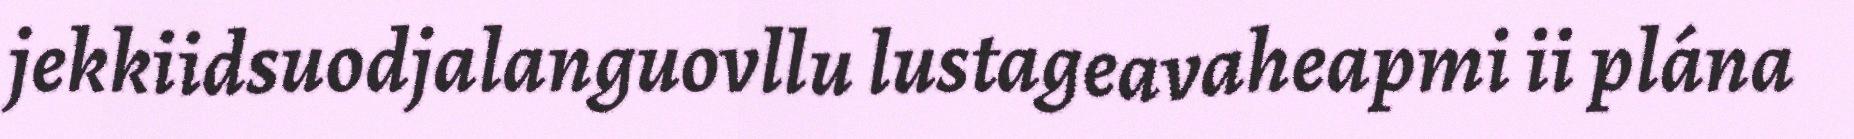
jekkiidsuodjalanguovllu lustageavaheapmi ii plána